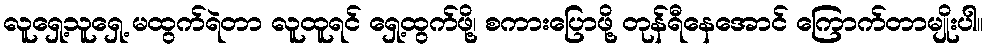
လူရှေ့သူရှေ့ မထွက်ရဲတာ လူထူရင် ရှေ့ထွက်ဖို့၊ စကားပြောဖို့ တုန်ရီနေအောင် ကြောက်တာမျိုးပါ။